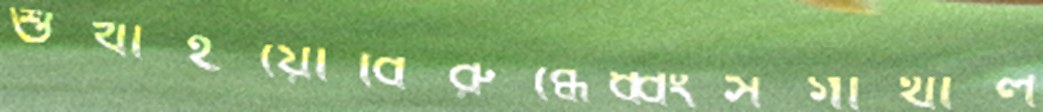
শুখাইয়োবিরুব্ধেধ্বংসগাথাল